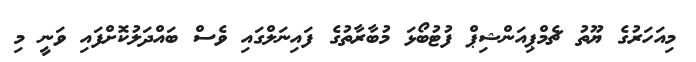
މިއަހަރުގެ ޔޫތު ޗެމްޕިއަންޝިޕް ފުޓުބޯޅަ މުބާރާތުގެ ފައިނަލްގައި ވެސް ބައްދަލުކޮށްފައި ވަނީ މި